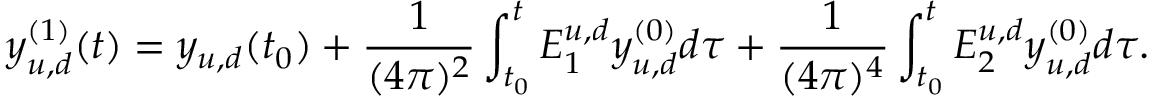
y _ { u , d } ^ { ( 1 ) } ( t ) = y _ { u , d } ( t _ { 0 } ) + \frac { 1 } { ( 4 \pi ) ^ { 2 } } \int _ { t _ { 0 } } ^ { t } E _ { 1 } ^ { u , d } y _ { u , d } ^ { ( 0 ) } d \tau + \frac { 1 } { ( 4 \pi ) ^ { 4 } } \int _ { t _ { 0 } } ^ { t } E _ { 2 } ^ { u , d } y _ { u , d } ^ { ( 0 ) } d \tau .